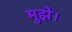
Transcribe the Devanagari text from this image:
मुझे।